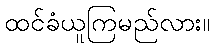
ထင်ခံယူကြမည်လား။